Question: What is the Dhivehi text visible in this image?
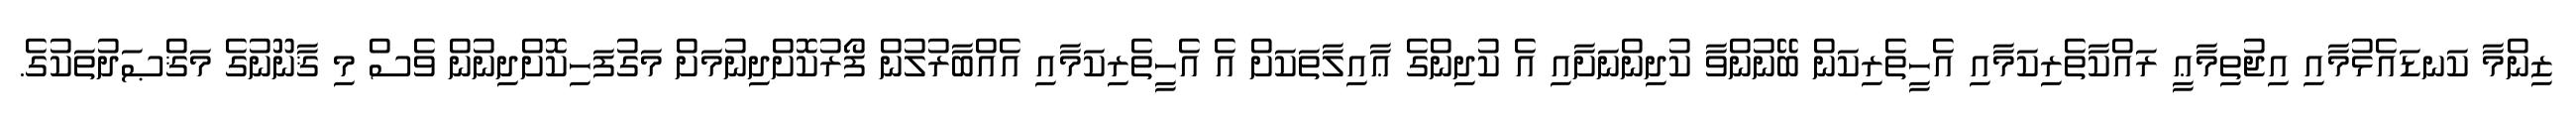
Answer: ޒިންމާ ކަނޑައެޅުމާއި އިޖުތިމާޢީ ރައްކާތެރިކަމާއި އެހީތެރިކަން ބޭނުންވާ ކުދިންނަށާއި އެ ކުދިންގެ ޢާއިލާތަކަށް އެ އެހީތެރިކަމާއި އެއްބާރުލުން ފޯރުކޮށްދިނުމަށް މަގުފަހިކޮށްދިނުން ވެސް މި ޤާނޫނުގެ މަޤްޞަދުތަކުގެ.